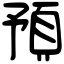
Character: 預